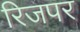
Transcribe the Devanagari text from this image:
रिजपर